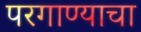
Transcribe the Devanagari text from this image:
परगाण्याचा